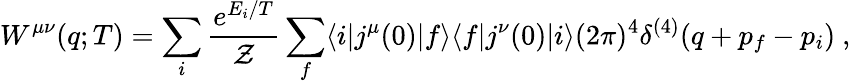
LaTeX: W^{\mu\nu}(q;T)=\sum_{i}\frac{e^{E_{i}/T}}{\cal Z}\sum_{f}\langle i|j^{\mu}(0)|f\rangle\langle f|j^{\nu}(0)|i\rangle(2\pi)^{4}\delta^{(4)}(q+p_{f}-p_{i})\ ,